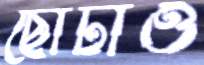
ছোটাও